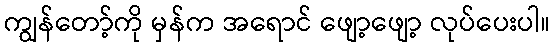
ကျွန်တော့်ကို မှန်က အရောင် ဖျော့ဖျော့ လုပ်ပေးပါ။